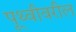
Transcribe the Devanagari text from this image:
पृ्थ्वीवरील